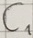
Text: C1